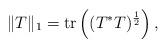
LaTeX: \begin{align*}\|T\|_1 = \mbox{tr}\left((T^*T)^\frac{1}{2}\right),\end{align*}